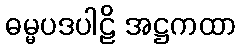
ဓမ္မပဒပါဠိ အဋ္ဌကထာ